Civil Veterinary Department Bihar & Orissa reports 1929-36 - 1929-1936
Year: 1929
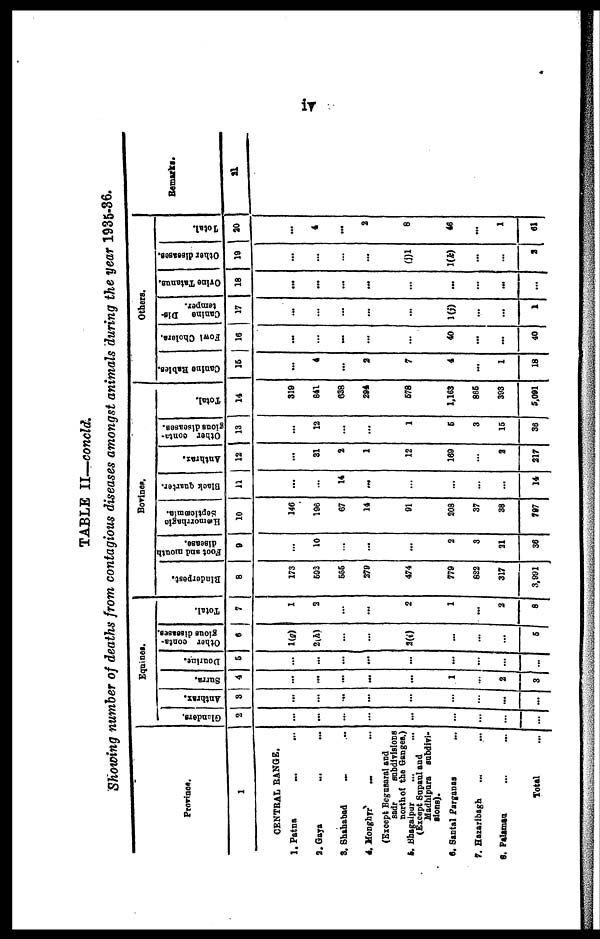
iv
TABLE II—concld.
Showing number of deaths from contagious diseases amongst animals during the year 1935-36.
Province.
1
CENTRAL RANGE.
1. Patna ... ...
2. Gaya... ...
3. Shahabad ... ..
4. Monghyr ... ...
(Except Begnsaral and
sadr
subdivisions
north of the Ganges.)
5.. Bhagalpur ... ...
(Except Supaul and
Madhipura subdivi-
siona).
6. Santal Parganss ...
7. Hazaribagh ... ...
9. Palamsu ... ...
Total ...
Equines.
Glanders.
2
...
...
...
...
...
...
...
...
Anthrax.
8
...
...
...
...
...
...
...
...
...
Surra.
4
...
...
...
...
...
1
...
2
3
Dourine.
5
...
...
...
...
...
...
...
...
...
Other conta-
gious diseases.
6
1(g)
2(h)
...
...
2(i)
...
...
...
5
Total.
7
1
3
...
...
2
1
...
2
8
Bovince.
Rinderpest.
8
173
593
555
279
474
779
822
317
3,901
Foot and month
disease.
9
...
10
...
...
...
2
3
21
36
Hæmorrhagic
Septicæmia.
10
146
196
67
14
91
208
37
88
797
Black quarter.
11
...
...
14
...
...
...
...
...
...
14
Anthrax.
12
...
81
2
1
12
169
...
2
217
Other conta-
gious diseases.
13
...
12
...
...
1
6
3
16
36
Total.
14
319
841
638
294
578
1,163
865
303
5,091
Others.
Canine Babies.
16
...
4
...
2
7
4
...
1
18
Fowl Cholera.
16
...
...
...
...
...
40
...
...
40
Canine Dis-
temper.
17
...
...
...
...
...
10)
...
...
1
Ovine Tatanus.
18
...
...
...
...
...
...
...
...
...
Other diseases.
19
...
...
...
...
(j)1
1(k)
...
...
2
Total.
20
...
4
...
2
8
46
...
1
61
Remarks.
21
...